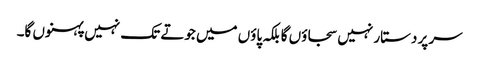
سر پر دستار نہیں سجاؤں گا بلکہ پاؤں میں جوتے تک نہیں پہنوں گا۔